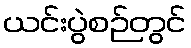
ယင်းပွဲစဉ်တွင်